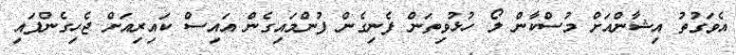
އެވަގުތު އިޝާންއަށް މުސްކާން ލޯ ހުޅުވިތަން ފެނިގެން ފުންމައިގެން އައިސް ކައިރިއަށް ޖެހިގެންފައި